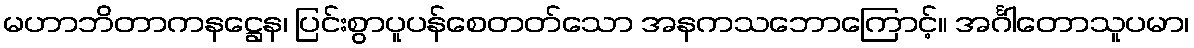
မဟာဘိတာကနဋ္ဌေန၊ ပြင်းစွာပူပန်စေတတ်သော အနကသဘောကြောင့်။ အင်္ဂါတောသူပမာ၊